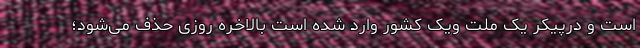
است و درپیکر یک ملت ویک کشور وارد شده است بالاخره روزی حذف می‌شود؛